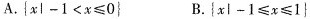
A.$${xl-1<x≤0}$$ B.$${x|-1≤x≤1}$$